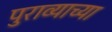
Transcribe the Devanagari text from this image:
पुराव्याच्या